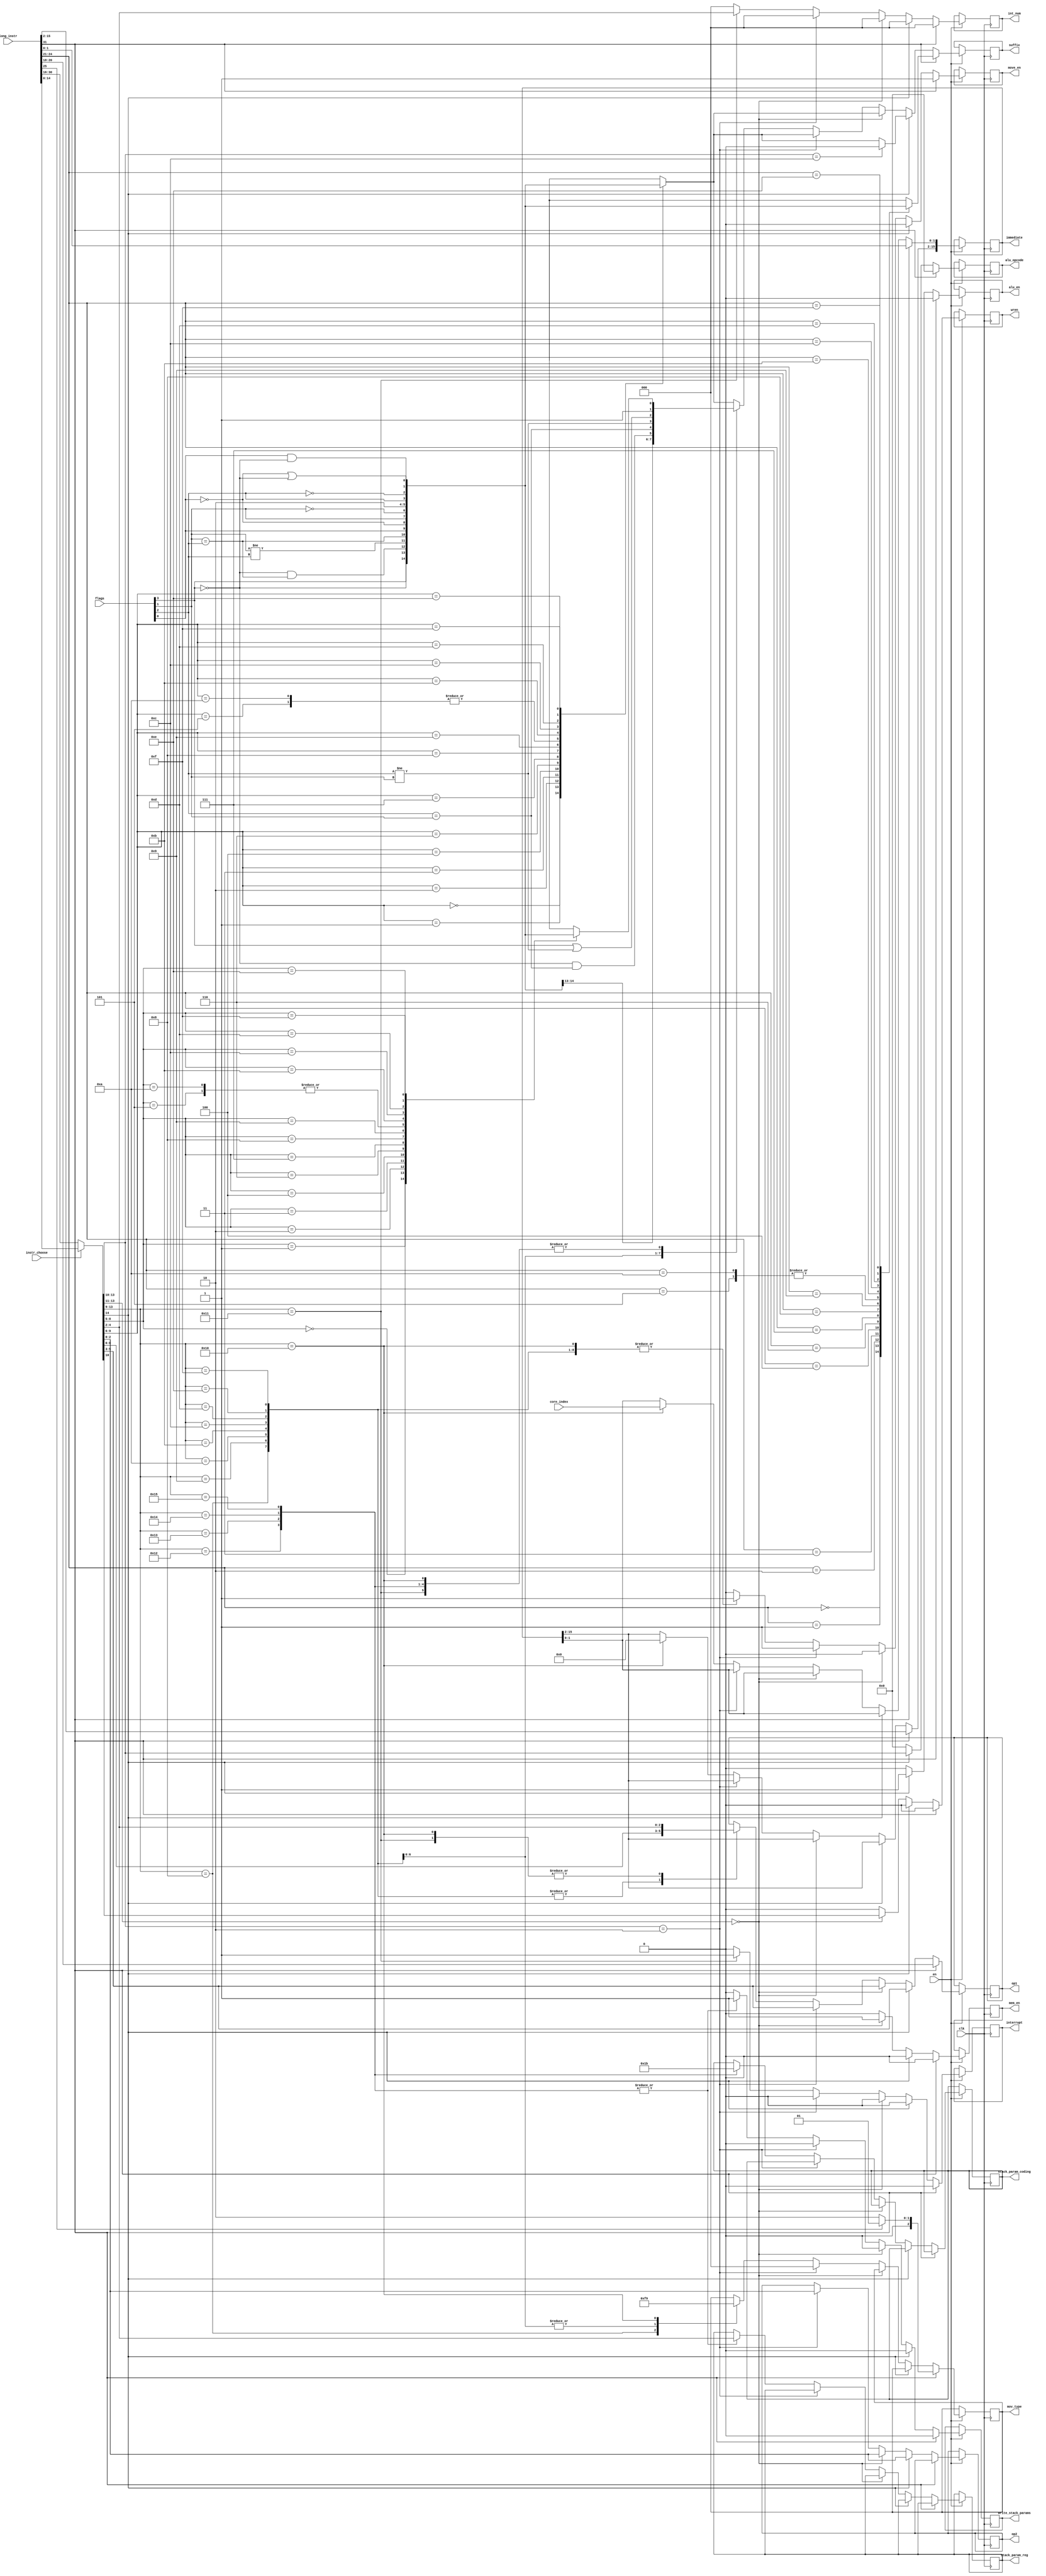
module instr_decoder #(
    parameter
    WIDTH=32,
    OPCODE=4,
    REGS_CODING=3,
    FLAGS=4,
    CARRY=0,
    SIGN=1,
    OVERFLOW=2,
    ZERO=3,

    CORE_NUMBER=2,
    INT_NUM=3
)
(
    input 				        clk,
    input 				  	    en,
    input [WIDTH-1: 0] 		    long_instr,
    input                       instr_choose,
    input [FLAGS-1: 0]          flags,
    input [CORE_NUMBER-1:0]     core_index,
    //alu
    output reg                    alu_en = 1'b0,
    output reg [OPCODE-1 :0]      alu_opcode = 4'b0,
    //mem
    output reg                    mem_en = 1'b0,
    output reg                    wren = 0,
    //move
    output reg                    move_en = 1'b0,
    output reg [WIDTH/2-1: 0]     immediate = 16'b0,
    output reg [2:0]              mov_type = 3'b0,  //000 - mov reg reg, 001 - movl 010 - movh, 011 - movf, 100 - jump

    // alu + mem + move
    output reg [REGS_CODING-1: 0] op1 = 3'b0,
    output reg [REGS_CODING-1: 0] op2 = 3'b0,
    output reg                    suffix = 1'b0,

    output reg                      interrupt = 1'b0,
    output reg [INT_NUM-1:0]        int_num = 3'b0,

    output reg                      write_stack_params,
    output reg [1:0]                stack_param_coding, // msb / mse / sb / excl = 00/01/10/11
    output reg [REGS_CODING-1:0]    stack_param_reg     // register from where to get value

);

reg [WIDTH/2-1: 0] short_instr = 16'b0;
reg suffix2_mem = 0;

always @(negedge clk) begin
    if (en) begin
        alu_en <=  0;
        mem_en <=  0;
        move_en <= 0;

		wren <= 0;
        interrupt <= 0;
        int_num <= 0;

        write_stack_params <= 0;
        alu_opcode <= 0;

        // long 32bit instruction - movl / movh / msb / mse / excl
        if(long_instr[WIDTH-1] == 1) begin
            immediate = long_instr[WIDTH/2-1: 0];

            move_en <= 1;

            // register coding
            op1 <= long_instr[20:18];

            if (long_instr[25]) begin // movl
                mov_type <= 3'b001;
            end else begin            // movh
                mov_type <= 3'b010;
            end

            case (long_instr[24:21])
                4'b0000: suffix <= flags[ZERO] == 1;
                4'b0001: suffix <= flags[ZERO] == 0;
                4'b0010: suffix <= flags[ZERO] == 0 && flags[SIGN] == flags[OVERFLOW];
                4'b0011: suffix <= flags[SIGN] != flags[OVERFLOW];
                4'b0100: suffix <= flags[SIGN] == flags[OVERFLOW];
                4'b0101: suffix <= flags[ZERO] == 1 || flags[SIGN] != OVERFLOW;
                4'b0110: suffix <= flags[CARRY] == 1;
                4'b0111: suffix <= flags[CARRY] == 0;
                4'b1000: suffix <= flags[SIGN] == 1;
                4'b1001: suffix <= flags[SIGN] == 0;
                4'b1010: suffix <= 1;    // AL
                4'b1011: suffix <= 0;    // NV
                4'b1100: suffix <= flags[OVERFLOW] == 1;
                4'b1101: suffix <= flags[OVERFLOW] == 0;
                4'b1110: suffix <= flags[CARRY] == 1 && flags[ZERO] == 0;
                4'b1111: suffix <= flags[CARRY] == 0 || flags[ZERO] == 0;
                default: suffix <= 1;
            endcase
        end else begin
            short_instr = instr_choose ? long_instr[WIDTH/2-1: 0] : long_instr[WIDTH-1: WIDTH/2];

            // suffix
            case(short_instr[9:6])
                4'b0000: suffix <= flags[ZERO] == 1;
                4'b0001: suffix <= flags[ZERO] == 0;
                4'b0010: suffix <= flags[ZERO] == 0 && flags[SIGN] == flags[OVERFLOW];
                4'b0011: suffix <= flags[SIGN] != flags[OVERFLOW];
                4'b0100: suffix <= flags[SIGN] == flags[OVERFLOW];
                4'b0101: suffix <= flags[ZERO] == 1 || flags[SIGN] != OVERFLOW;
                4'b0110: suffix <= flags[CARRY] == 1;
                4'b0111: suffix <= flags[CARRY] == 0;
                4'b1000: suffix <= flags[SIGN] == 1;
                4'b1001: suffix <= flags[SIGN] == 0;
                4'b1010: suffix <= 1;    // AL
                4'b1011: suffix <= 0;    // NV
                4'b1100: suffix <= flags[OVERFLOW] == 1;
                4'b1101: suffix <= flags[OVERFLOW] == 0;
                4'b1110: suffix <= flags[CARRY] == 1 && flags[ZERO] == 0;
                4'b1111: suffix <= flags[CARRY] == 0 || flags[ZERO] == 0;
                default: suffix <= 1;
            endcase

            // suffix stack
            case (short_instr[8:5])
                4'b0000: suffix2_mem = flags[ZERO] == 1;
                4'b0001: suffix2_mem = flags[ZERO] == 0;
                4'b0010: suffix2_mem = flags[ZERO] == 0 && flags[SIGN] == flags[OVERFLOW];
                4'b0011: suffix2_mem = flags[SIGN] != flags[OVERFLOW];
                4'b0100: suffix2_mem = flags[SIGN] == flags[OVERFLOW];
                4'b0101: suffix2_mem = flags[ZERO] == 1 || flags[SIGN] != OVERFLOW;
                4'b0110: suffix2_mem = flags[CARRY] == 1;
                4'b0111: suffix2_mem = flags[CARRY] == 0;
                4'b1000: suffix2_mem = flags[SIGN] == 1;
                4'b1001: suffix2_mem = flags[SIGN] == 0;
                4'b1010: suffix2_mem = 1;    // AL
                4'b1011: suffix2_mem = 0;    // NV
                4'b1100: suffix2_mem = flags[OVERFLOW] == 1;
                4'b1101: suffix2_mem = flags[OVERFLOW] == 0;
                4'b1110: suffix2_mem = flags[CARRY] == 1 && flags[ZERO] == 0;
                4'b1111: suffix2_mem = flags[CARRY] == 0 || flags[ZERO] == 0;
                default: suffix2_mem = 1;
            endcase
            $display("suffix1: ", suffix, " suffix2: ", suffix2_mem, " suffix1 opcode: ", short_instr[9:6], " suffix2 opcode: ", short_instr[8:5], " instruction: ", long_instr, " flags: ", flags );


            // ALU instruction
            if (short_instr[WIDTH/2-2] == 1) begin
                alu_en <=  1;

                alu_opcode <= short_instr[13:10];
                op1 <= short_instr[5:3];
                op2 <= short_instr[2:0];
                // TODO: test this out
                // compare - don't save result
                if (short_instr[13:10] == 4'b1100) begin
                    suffix <= 0;
                end
            end else begin
                // load / store
                if (short_instr[13:11] == 3'b000) begin
                    mem_en <=  1;
                    //register with data
                    op1 <= short_instr[5:3];
                    // register with address
                    op2 <= short_instr[2:0];
                    wren <= short_instr[10];
                end else begin

                    // mov reg reg
                    if (short_instr[13:10] == 4'b0010) begin
                        move_en <= 1;
                        op1 <= short_instr[5:3];
                        op2 <= short_instr[2:0];
                        mov_type <= 3'b000; 
                    end else begin
                    

                    // others
                    case (short_instr[13:9])
                        // movf
                        5'b01000: begin op1 <= short_instr[8:6]; mov_type <= 3'b011; move_en <= 1; end   // movf
                            
                        // jumps
                        5'b01001: begin op1 <= short_instr[8:6]; suffix <= flags[ZERO] == 1; mov_type <= 3'b111; move_en <= 1; end
                        5'b01010: begin op1 <= short_instr[8:6]; suffix <= flags[ZERO] == 0; mov_type <= 3'b111; move_en <= 1; end
                        5'b01011: begin op1 <= short_instr[8:6]; suffix <= flags[ZERO] == 0 && (flags[OVERFLOW] == flags[SIGN]); mov_type <= 3'b111; move_en <= 1; end
                        5'b01100: begin op1 <= short_instr[8:6]; suffix <= flags[OVERFLOW] == flags[SIGN]; mov_type <= 3'b111; move_en <= 1; end
                        5'b01101: begin op1 <= short_instr[8:6]; suffix <= flags[OVERFLOW] != flags[SIGN]; mov_type <= 3'b111; move_en <= 1; end
                        5'b01110: begin op1 <= short_instr[8:6]; suffix <= flags[ZERO] == 1 || (flags[OVERFLOW] != flags[SIGN]); mov_type <= 3'b111; move_en <= 1; end
                        5'b01111: begin op1 <= short_instr[8:6]; suffix <= 1; mov_type <= 3'b111; move_en <= 1; end

                        // coreidx
                        5'b10000: begin op1 <= short_instr[4:2]; mov_type <= 3'b001; move_en <= 1; immediate[15:2] <= 14'b0; immediate[1:0] <= core_index; suffix <= suffix2_mem; end 

                        // int
                        5'b10001: begin op1 <= short_instr[4:2]; interrupt <= 1; int_num <= short_instr[4:2]; suffix <= suffix2_mem; end

                        // msb / mse / sb 
                        5'b10010: begin write_stack_params <= 1; stack_param_coding <= 0; 
                                        stack_param_reg <= short_instr[4:2]; suffix <= suffix2_mem; end
                        5'b10011: begin write_stack_params <= 1; stack_param_coding <= 1; 
                                        stack_param_reg <= short_instr[4:2]; suffix <= suffix2_mem; end
                        5'b10100: begin write_stack_params <= 1; stack_param_coding <= 2; 
                                        stack_param_reg <= short_instr[4:2]; suffix <= suffix2_mem; end
                        // excl
                        5'b10101: begin write_stack_params <= 1; stack_param_coding <= 3; 
                                        stack_param_reg <= short_instr[4:2]; suffix <= suffix2_mem; end
                        default: op1 <= op1;
                    endcase
                    // op1 <= short_instr[5:3];
                    // op2 <= short_instr[2:0];
                    end
                
                end

            end

        end
    end
end

endmodule